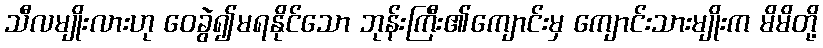
သီလမျိုးလားဟု ဝေခွဲ၍မရနိုင်သော ဘုန်းကြီး၏ကျောင်းမှ ကျောင်းသားမျိုးက မိမိတို့